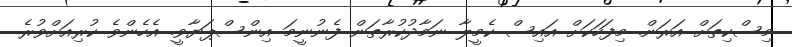
މިސްކިތަށް އަރަން. މިފަހަކަށް އައިސް ކެމީލާ ނަމާދުކުރާތަން ފެނުނީމަ އިންސްޕަޔާވީ. އެހެންވެ ކުރިއަށްވުރެ